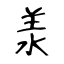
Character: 𣴎